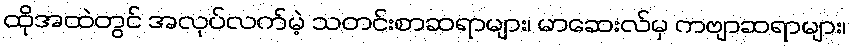
ထိုအထဲတွင် အလုပ်လက်မဲ့ သတင်းစာဆရာများ၊ မာဆေးလ်မှ ကဗျာဆရာများ၊